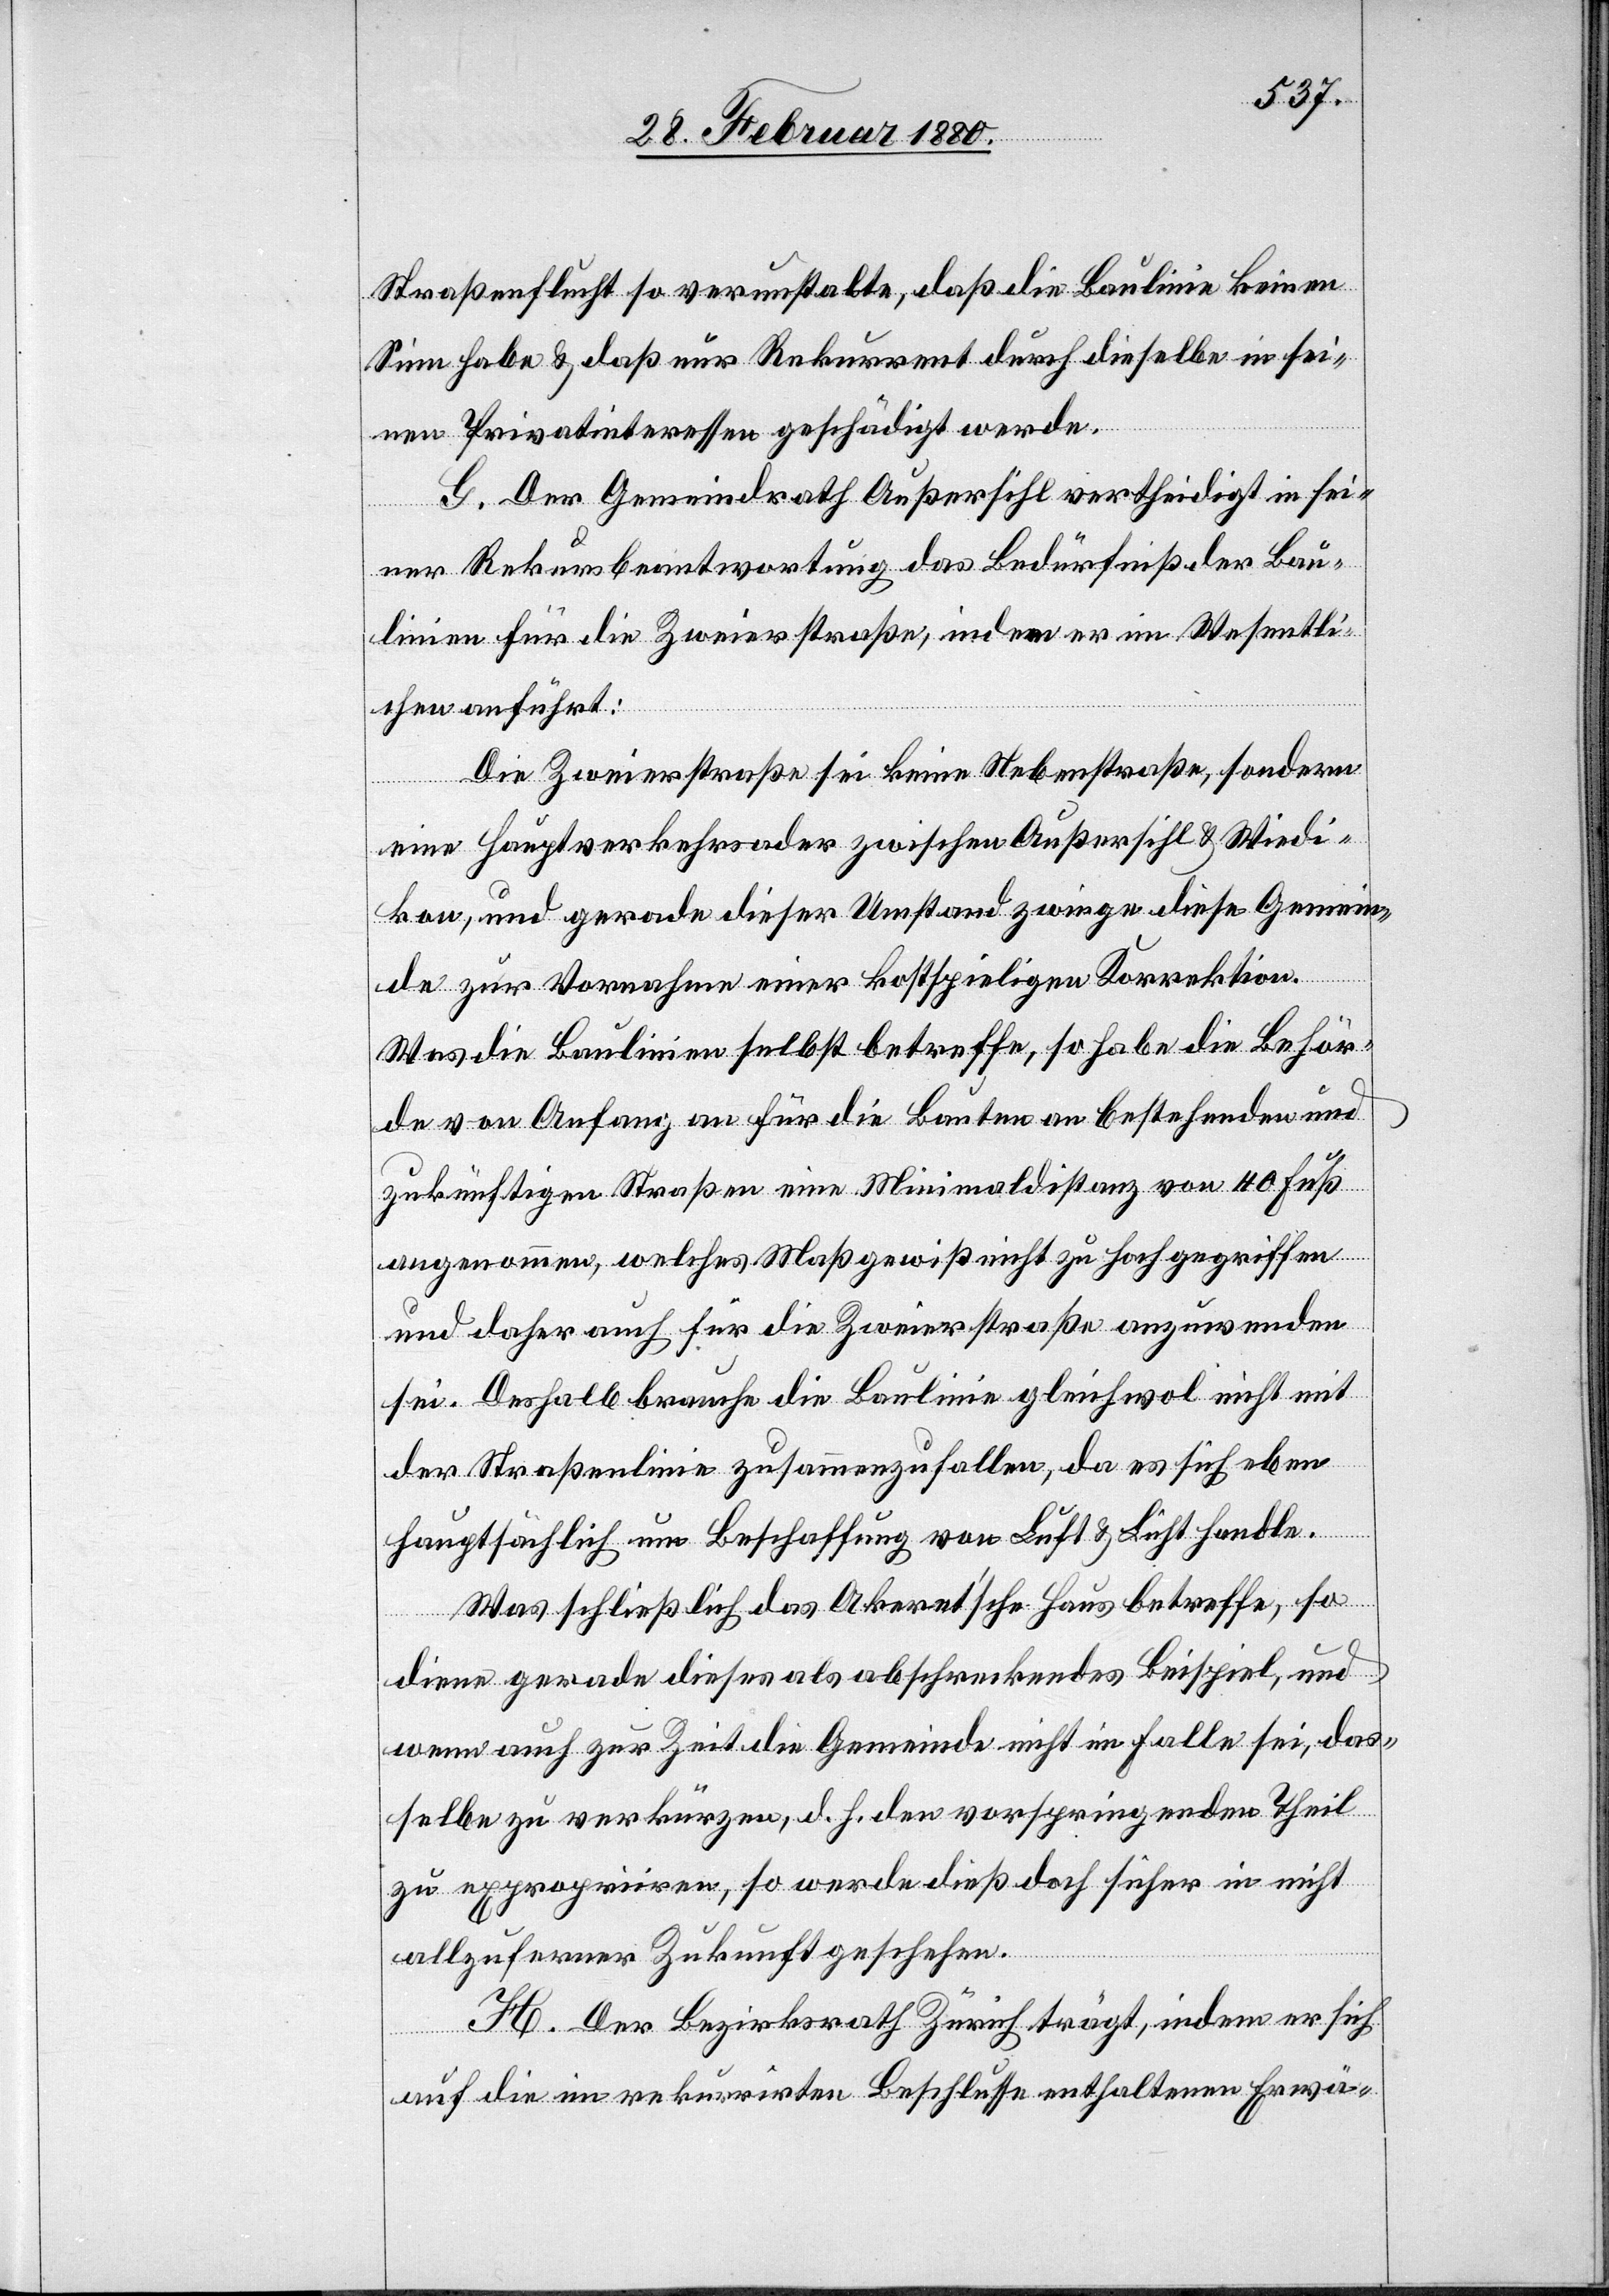
Straßenflucht so verunstalte, daß die Baulinie keinen
Sinn habe & daß nur Rekurrent durch dieselbe in sei¬
nen Privatinteressen geschädigt werde.
G. Der Gemeindrath Außersihl vertheidigt in sei¬
ner Rekursbeantwortung das Bedürfniß der Bau¬
linien für die Zweierstraße, indem er im Wesentli¬
chen anführt:
Die Zweierstraße sei keine Nebenstraße, sondern
eine Hauptverkehrsader zwischen Außersihl & Wiedi¬
kon, und gerade dieser Umstand zwinge diese Gemein¬
de zur Vornahme einer kostspieligen Korrektion.
Was die Baulinien selbst betreffe, so habe die Behör¬
de von Anfang an für die Bauten an bestehenden und
zukünftigen Straßen eine Minimaldistanz von 40 Fuß
angenommen, welches Maß gewiß nicht zu hoch gegriffen
und daher auch für die Zweierstraße anzuwenden
sei. Deshalb brauche die Baulinie gleichwol nicht mit
der Straßenlinie zusammenzufallen, da es sich eben
hauptsächlich um Beschaffung von Luft & Licht handle.
Was schließlich das Okert’sche Haus betreffe, so
diene gerade dieses als abschreckendes Beispiel, und
wenn auch zur Zeit die Gemeinden nicht im Falle sei, das¬
selbe zu verkürzen, d. h. den vorspringenden Theil
zu expropriiren, so werde dieß doch sicher in nicht
allzuferner Zukunft geschehen.
H. Der Bezirksrath Zürich trägt, indem er sich
auf die im rekurrirten Beschlusse enthaltenen Erwä-